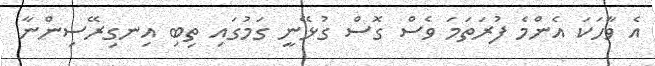
އެ ވާހަކަ އެންމެ ފުރަތަމަ ވެސް ގޮސް ގުޅޭނީ ގަމުގައި ތިބި އިނގިރޭސިންނާ